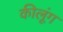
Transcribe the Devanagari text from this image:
कीलूंग